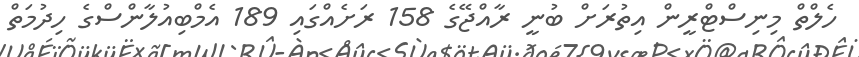
ހެލްތް މިނިސްޓްރީން އިތުރަށް ބުނީ ރާއްޖޭގެ 158 ރަށެއްގައި 189 އެމްބިއުލާންސްގެ ހިދުމަތް